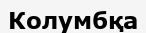
Колумбқа